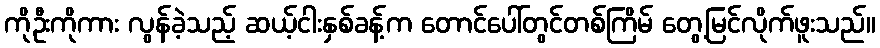
ကိုဦးကိုကား လွန်ခဲ့သည့် ဆယ့်ငါးနှစ်ခန့်က တောင်ပေါ်တွင်တစ်ကြိမ် တွေ့မြင်လိုက်ဖူးသည်။